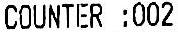
COUNTER :002